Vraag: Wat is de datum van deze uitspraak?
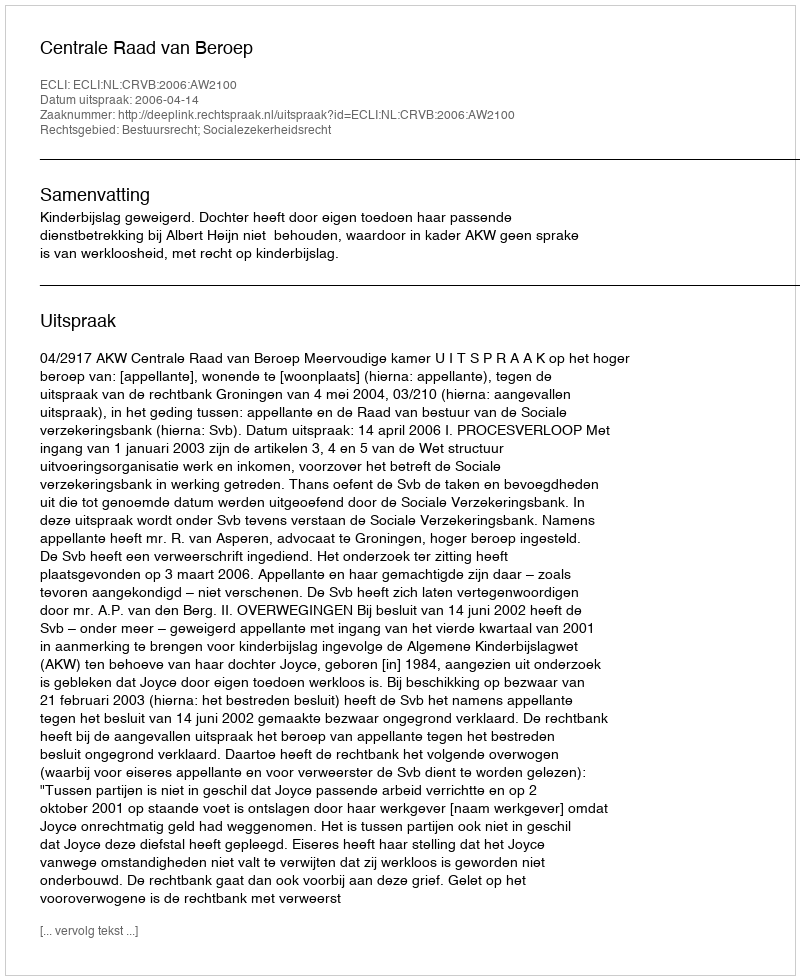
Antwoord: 2006-04-14